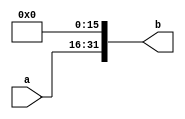
`timescale 1ns / 1ps
//////////////////////////////////////////////////////////////////////////////////
// Company: 
// Engineer: 
// 
// Design Name: 
// Module Name: ext16_1
// Project Name: 
// Target Devices: 
// Tool Versions: 
// Description: 
// 
// Dependencies: 
// 
// Revision:
// Revision 0.01 - File Created
// Additional Comments: 
// 
//////////////////////////////////////////////////////////////////////////////////


module ext16_1#(parameter DEPTH=16)(
    input [DEPTH-1:0] a,
    output reg [31:0] b
    );
    always@(a)
        begin 
            b[31:0] = 32'h00000000;
            b[31:DEPTH] = a[DEPTH-1:0];
        end
endmodule